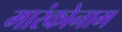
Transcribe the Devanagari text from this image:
मारंकोनाम